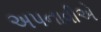
અપનાવીએ